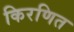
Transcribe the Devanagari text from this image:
किरणित